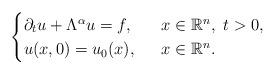
LaTeX: \begin{align*}\begin{cases} \partial_{t}u+\Lambda^{\alpha} u= f, \ \ &x\in\mathbb{R}^{n}, \ t>0,\\ u(x,0)=u_{0}(x), \ \ &x\in\mathbb{R}^{n}.\end{cases}\end{align*}